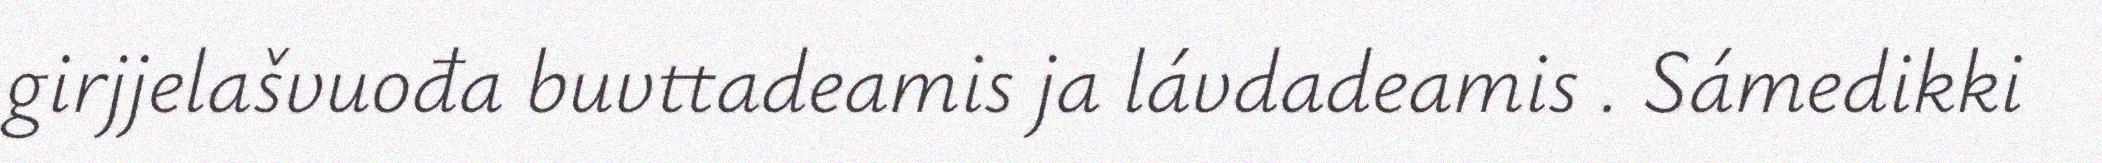
girjjelašvuođa buvttadeamis ja lávdadeamis . Sámedikki